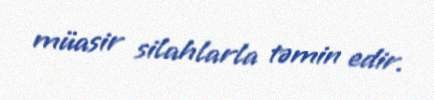
müasir silahlarla təmin edir.